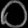
Digit: ၀